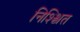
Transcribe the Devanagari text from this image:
निश्श्चित